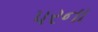
પરના